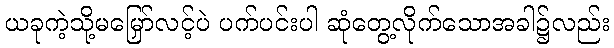
ယခုကဲ့သို့မမြှော်လင့်ပဲ ပက်ပင်းပါ ဆုံတွေ့လိုက်သောအခါ၌လည်း